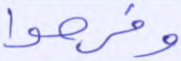
وفرحوا